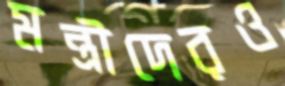
মন্ত্রীদেরও